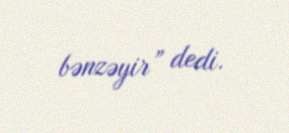
bənzəyir” dedi.